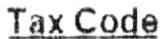
TAX CODE